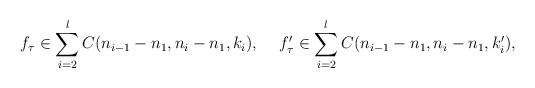
LaTeX: \begin{align*}f_{\tau} \in \sum_{i=2}^{l} C(n_{i-1}-n_{1}, n_{i}-n_{1}, k_{i}), && f_{\tau}' \in \sum_{i=2}^{l} C(n_{i-1}-n_{1}, n_{i}-n_{1}, k_{i}'),\end{align*}